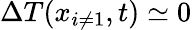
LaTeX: \Delta T(x_{i\neq 1},t)\simeq 0